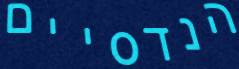
הנדסיים